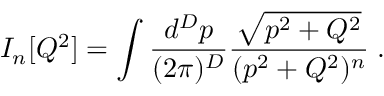
I _ { n } [ Q ^ { 2 } ] = \int { \frac { d ^ { D } p } { ( 2 \pi ) ^ { D } } } { \frac { \sqrt { p ^ { 2 } + Q ^ { 2 } } } { ( p ^ { 2 } + Q ^ { 2 } ) ^ { n } } } \; .